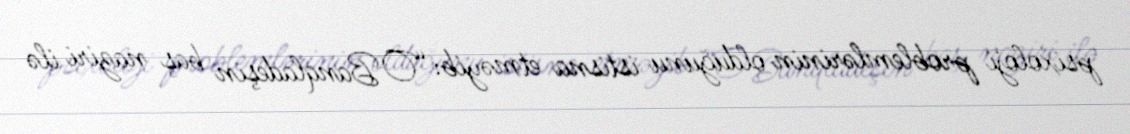
psixoloji problemlərinin olduğunu istisna etməyib: “O Banqladeşin baş naziri ilə